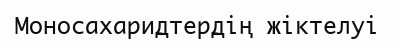
Моносахаридтердің жіктелуі